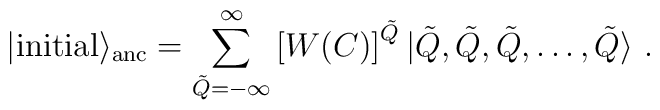
|{\rm initial}\rangle_{\rm anc}=\sum_{\tilde Q=-\infty}^\infty \left[W(C)\right]^{\tilde Q}|\tilde Q,\tilde Q,\tilde Q,\dots,\tilde Q\rangle~.